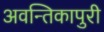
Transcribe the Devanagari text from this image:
अवन्तिकापुरी